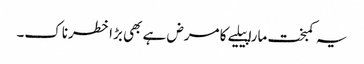
یہ کمبخت مارا پیلیے کا مرض ہے بھی بڑا خطرناک۔